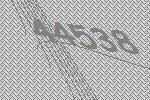
44538